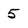
Character: 5